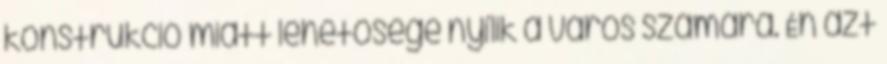
konstrukció miatt lehetősége nyílik a város számára. Én azt